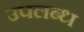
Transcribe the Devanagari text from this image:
उपलब्ध्‍ा